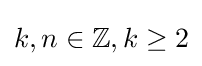
k,n\in \mathbb {Z} ,k\geq 2